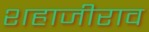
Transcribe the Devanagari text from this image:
शहाजीराव